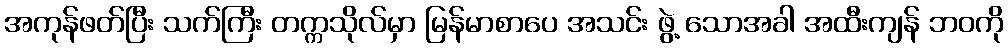
အကုန်ဖတ်ပြီး သက်ကြီး တက္ကသိုလ်မှာ မြန်မာစာပေ အသင်း ဖွဲ့ သောအခါ အထီးကျန် ဘဝကို